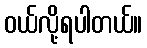
ဝယ်လို့ရပါတယ်။